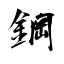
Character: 鋼